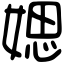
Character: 媤